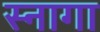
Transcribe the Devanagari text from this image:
स्नागा